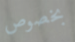
بخصوص